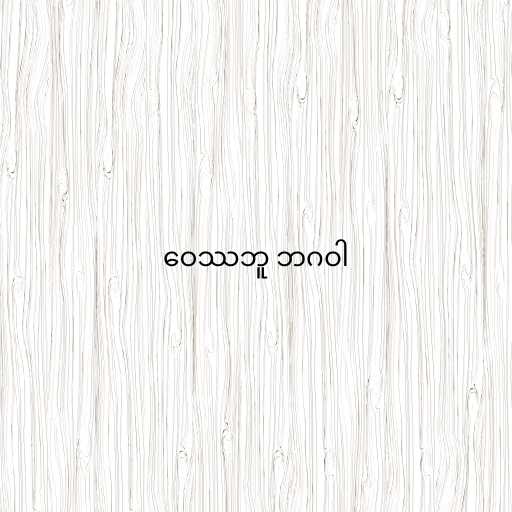
ဝေဿဘူ ဘဂဝါ